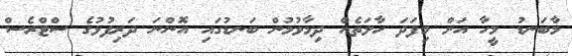
މާބަނޑު މީހާ އަށް މިފަދަ ހާލަތެއް ދިމާވުމުން ބަނޑުގައި އޮންނަ ދަރިފުޅުގެ ސްޓްރެސް